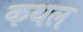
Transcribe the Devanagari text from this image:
कथल